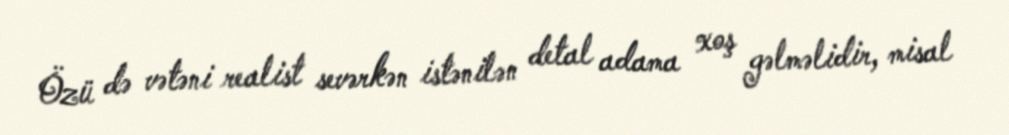
Özü də vətəni realist sevərkən istənilən detal adama xoş gəlməlidir, misal